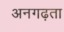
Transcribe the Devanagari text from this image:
अनगढ़ता